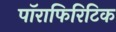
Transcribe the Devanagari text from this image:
पॉराफिरिटिक